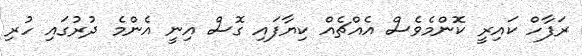
ރަފާހް ކައިރީ ކޮންމެވެސް އެއްޗެއް ކިޔާފައި ގޮސް އިނީ އެންމެ ދުރުގައި ހުރި